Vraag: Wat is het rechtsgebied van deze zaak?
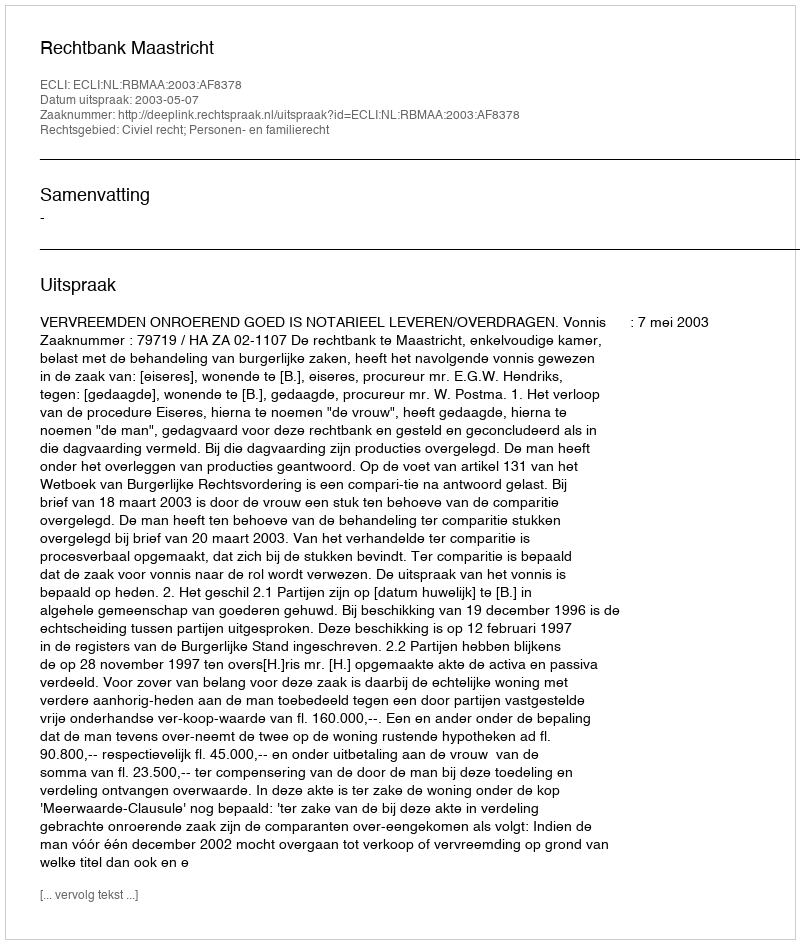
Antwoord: Civiel recht; Personen- en familierecht